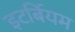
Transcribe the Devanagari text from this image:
इटर्बियम